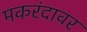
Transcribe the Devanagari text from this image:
मकरंदावर